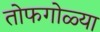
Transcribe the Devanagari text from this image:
तोफगोळ्या